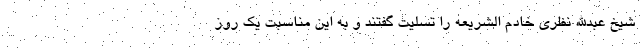
شیخ عبدالله نظری خادم الشریعه را تسلیت گفتند و به این مناسبت یک روز